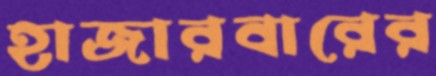
হাজারবারের